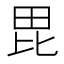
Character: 毘